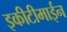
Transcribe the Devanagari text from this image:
इकीटीमाईन